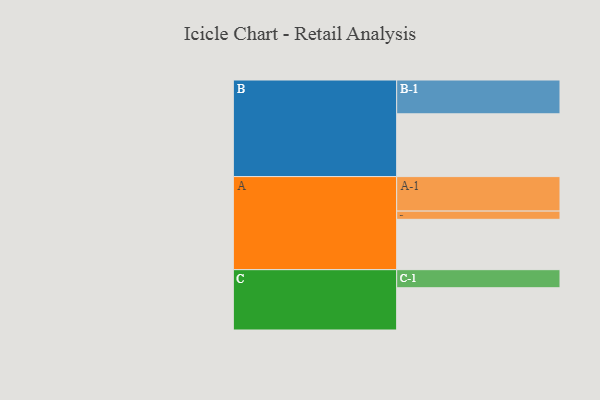
{"axis": {"x": "Segment", "y": "Value"}, "legend": ["", "A", "B", "C"], "data": [{"x": "A", "y": 429, "type": ""}, {"x": "B", "y": 535, "type": ""}, {"x": "C", "y": 360, "type": ""}, {"x": "A-1", "y": 294, "type": "A"}, {"x": "A-2", "y": 70, "type": "A"}, {"x": "B-1", "y": 288, "type": "B"}, {"x": "C-1", "y": 154, "type": "C"}]}